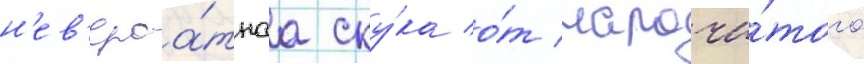
н'ев'ероа́тнаа ску́ка о́т нарочи́того